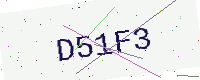
Text: D51F3